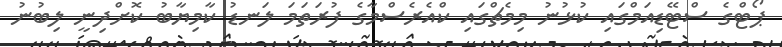
ޕޯޓްގެ ސްޓޭޑިއަމްގައި ކުޅުނު މިމެޗްގައި ކްއެރެސްމާގެ ފުރަތަމަ ލަނޑު ކާމިޔާބު ކޮށްދިނީ ލިބުނު